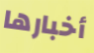
أخبارها